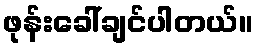
ဖုန်းခေါ်ချင်ပါတယ်။